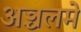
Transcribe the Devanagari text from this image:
अञ्चलमे